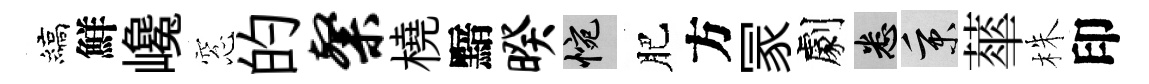
縞鮮巉窓的粲橈黯暌惋肥方冡劇悉秉蕐株印